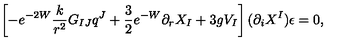
\left[ - e ^ { - 2 W } \frac { k } { r ^ { 2 } } G _ { I J } q ^ { J } + \frac 3 2 e ^ { - W } \partial _ { r } X _ { I } + 3 g V _ { I } \right] ( \partial _ { i } X ^ { I } ) \epsilon = 0 ,